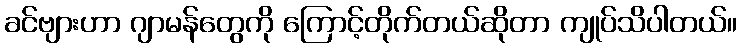
ခင်ဗျားဟာ ဂျာမန်တွေကို ကြောင့်တိုက်တယ်ဆိုတာ ကျုပ်သိပါတယ်။